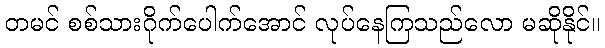
တမင် စစ်သားဂိုက်ပေါက်အောင် လုပ်နေကြသည်လော မဆိုနိုင်။